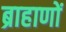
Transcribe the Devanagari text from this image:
ब्राहाणों